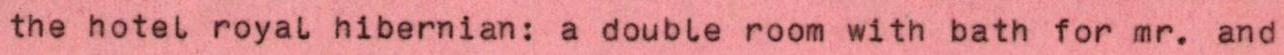
the hotel royal hibernian: a double room with bath for mr. and